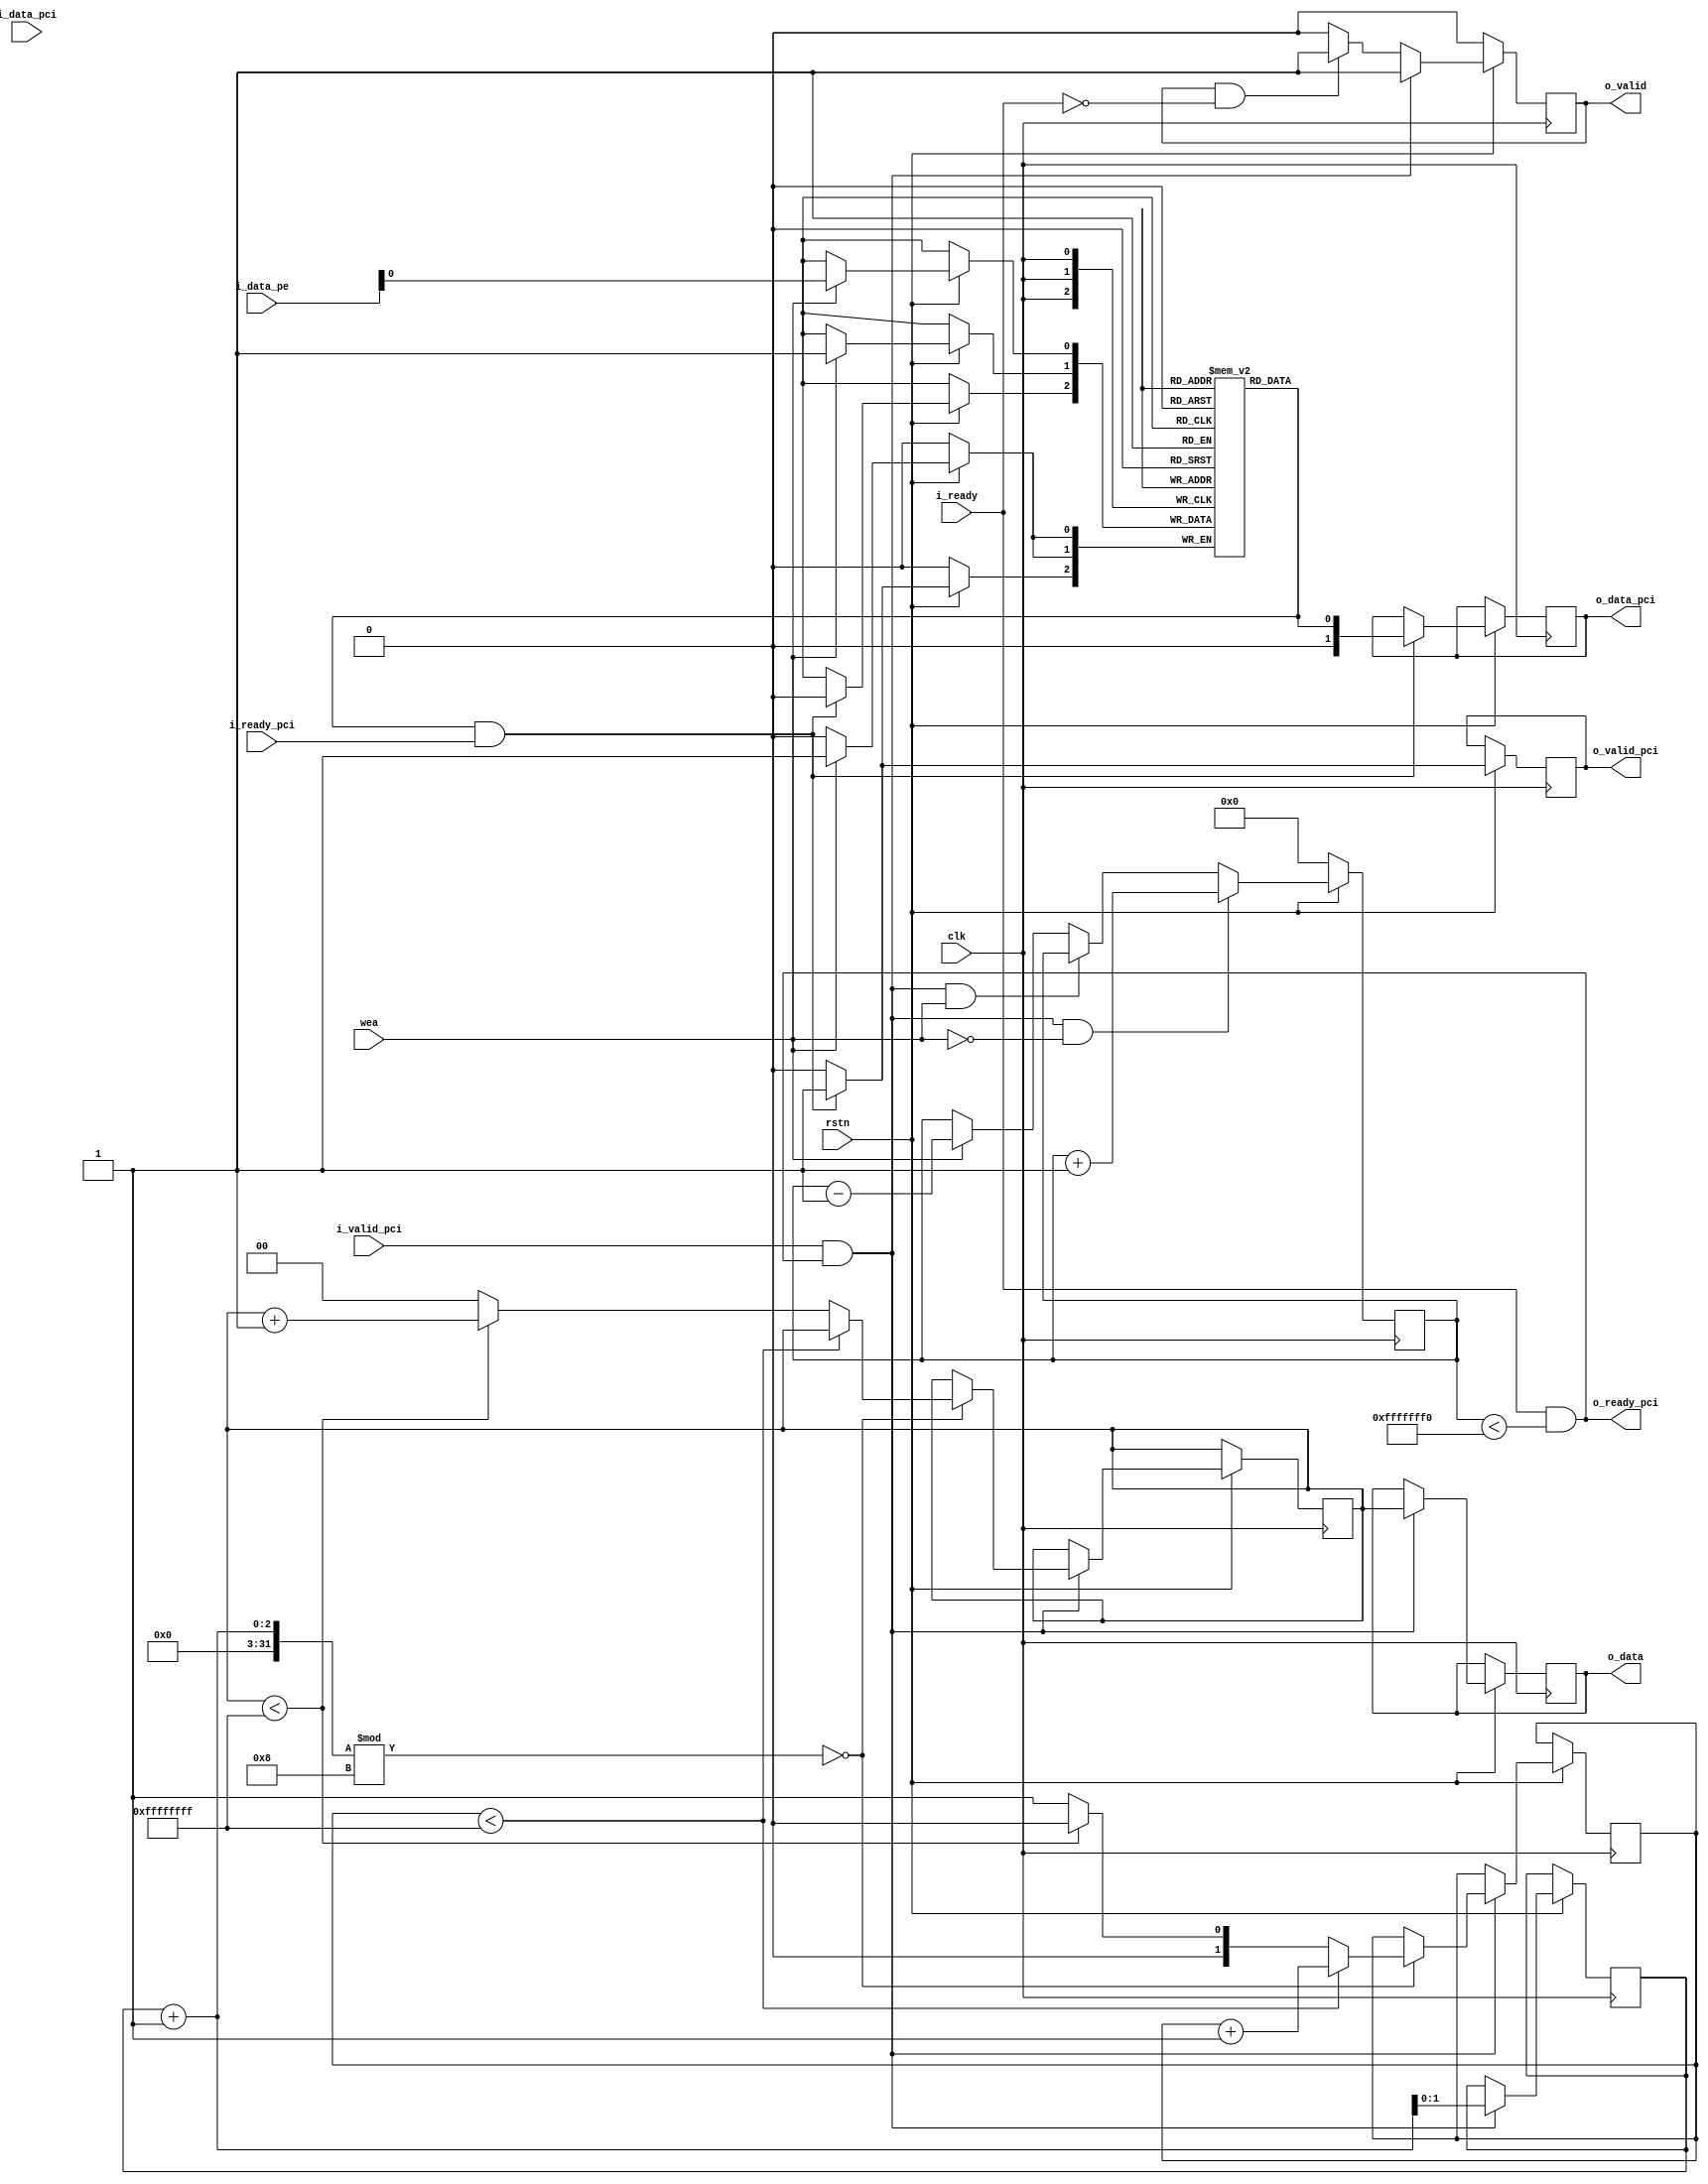
module scheduler #(parameter X = 0,
                   Y = 0,
                   total_width = 0,
                   x_size = 0,
                   y_size = 0,
                   pck_num = 0,
                   data_width = 0,
                   max_pcks_in_NoC = ((X*Y)-1)*8*2 ) // // MOJE DODANO MAX NUM PCKS IN NOC = (X*Y - 1) * 8 * 2 = (X*Y-1) * 16 jer u svaki PE stane 8 paketa za obradu i 8 paketa na izlazu (salje se po osam komada)
                 (input clk,
                   input wire rstn, // MOJE DODANO
                    // PCI - Scheduler interface 
                   input i_valid_pci,
                   input [data_width-1:0] i_data_pci,
                   output o_ready_pci,
                   // From scheduler to PCI
                   output reg [data_width-1:0] o_data_pci,
                   output reg o_valid_pci,
                   input i_ready_pci,
                   //Scheduler-NOC interfaces
                   input i_ready,
                   output reg o_valid,
                   output reg [total_width-1:0] o_data,
                   //from NOC to Schedler
                   input wea,
                   input [total_width-1:0] i_data_pe
                   //output o_ready_pe
                   );
    
    reg [pck_num-1:0]rd_addr;
    wire [pck_num-1:0] wr_addr;
    reg [x_size-1:0] x_coord;
    reg [y_size-1:0] y_coord;
    reg [pck_num-1:0] pck_no;
    wire valid_flag;
    
    reg [data_width:0] my_mem [(2**pck_num)-1:0];
    
    reg [$clog2(max_pcks_in_NoC) : 0] pck_in_NoC = 0; // npr max pck 4 => treba nam 3 bita
    
    initial
    begin
        x_coord = 'd0;
        y_coord = 'd1;
        pck_no  = 'd0;
        rd_addr <= 'd0;
    end
    
    always @(posedge clk)
    begin
        if(!rstn) // reset je
        begin
            pck_in_NoC <= 0;
        end
        else if(i_valid_pci & o_ready_pci & ~(wea) ) // ako odlazi, a ne dolazi
        begin
            pck_in_NoC <= pck_in_NoC + 1;
        end
        else if(i_valid_pci & o_ready_pci & wea) // dolazi i odlazi
        begin
            
        end
        else if(wea) // samo dolazi
        begin
            pck_in_NoC <= pck_in_NoC - 1;
        end 
    end
    
    always @(posedge clk)
    begin
        if(!rstn)
        begin
            o_valid <= 1'b0;
        end
        else if (i_valid_pci & o_ready_pci) // ako je u NoC-u manje od max...
        begin
           // $strobe("pck_no = %d, pck in NoC = %d", pck_no, pck_in_NoC);
            o_data[total_width-1:y_size+x_size+pck_num]   <= i_data_pci;
            o_data[x_size+y_size+pck_num-1:y_size+x_size] <= pck_no;
            o_data[x_size+y_size-1:x_size]                <= y_coord;
            o_data[x_size-1:0]                            <= x_coord;
            o_valid                                       <= 1'b1;
            pck_no                                        <= pck_no+1;
            
            if((pck_no+1) % 8 == 0)
            begin
                if (y_coord < Y-1)
                begin
                    y_coord <= y_coord+1;
                end
                else
                begin
                    if (x_coord < X-1)
                    begin
                        x_coord <= x_coord+1;
                        y_coord <= 'b0;
                    end
                    else
                    begin
                        x_coord <= 'd0;
                        y_coord <= 'd1;
                    end
                end
            end
        end
        else if (o_valid & !i_ready)
        begin
            o_valid <= 1'b1;
        end
        else
        begin
            o_valid <= 1'b0;
        end
    end
    
    assign o_ready_pci = i_ready & (pck_in_NoC < max_pcks_in_NoC); // DODAO
    assign valid_flag  = my_mem[rd_addr][data_width];
    assign wr_addr     = i_data_pe[x_size+y_size+pck_num-1:y_size+x_size];
    
    always@(posedge clk)
    begin
        if(rstn)// nije reset
        begin
            if (wea)
            begin
               // $strobe("wr_addr = %d, pck in NoC = %d", wr_addr, pck_in_NoC);
                my_mem[wr_addr]             <= i_data_pe[total_width-1:y_size+x_size+pck_num];
                my_mem[wr_addr][data_width] <= 1'b1;
            end
            if (valid_flag & i_ready_pci)
            begin
                my_mem[rd_addr][data_width] <= 1'b0;
            end
        end
    end
    
    always@(posedge clk)
    begin
        if(rstn)// nije reset
        begin
            if (valid_flag & i_ready_pci)
            begin
                o_data_pci  <= my_mem[rd_addr];
                o_valid_pci <= 1'b1;
                rd_addr     <= rd_addr+1;
            end
            else
            begin
                o_valid_pci <= 1'b0;
            end
        end
    end
    
    
endmodule